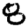
Digit: 8